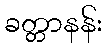
ခတ္တာနန်း